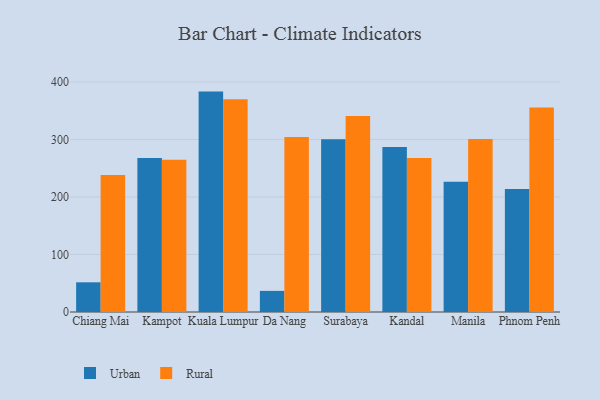
{"axis": {"x": "City", "y": "Customer Acquisition Cost (USD)"}, "legend": ["Rural", "Urban"], "data": [{"x": "Chiang Mai", "y": 51.6, "type": "Urban"}, {"x": "Chiang Mai", "y": 238.0, "type": "Rural"}, {"x": "Kampot", "y": 267.7, "type": "Urban"}, {"x": "Kampot", "y": 264.7, "type": "Rural"}, {"x": "Kuala Lumpur", "y": 383.1, "type": "Urban"}, {"x": "Kuala Lumpur", "y": 369.7, "type": "Rural"}, {"x": "Da Nang", "y": 36.7, "type": "Urban"}, {"x": "Da Nang", "y": 304.3, "type": "Rural"}, {"x": "Surabaya", "y": 300.4, "type": "Urban"}, {"x": "Surabaya", "y": 340.5, "type": "Rural"}, {"x": "Kandal", "y": 286.9, "type": "Urban"}, {"x": "Kandal", "y": 267.6, "type": "Rural"}, {"x": "Manila", "y": 226.3, "type": "Urban"}, {"x": "Manila", "y": 300.9, "type": "Rural"}, {"x": "Phnom Penh", "y": 213.8, "type": "Urban"}, {"x": "Phnom Penh", "y": 355.5, "type": "Rural"}]}